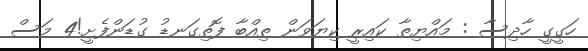
ހަގީގީ ހާދިސާ : މައްޔިތާ ކައިރީ ކިޔަވަން ތިއްބާ ފޮތިގަނޑު ގުޑަންފެށީ!4 މަސް